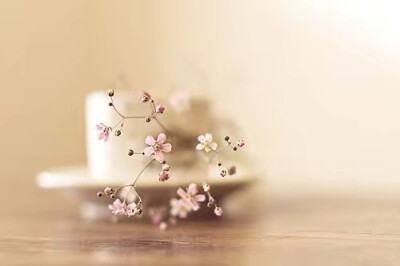
对菱花与说相思，看谁瘦损。